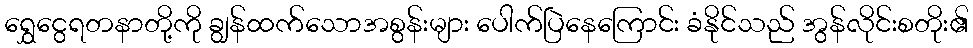
ရွှေငွေရတနာတို့ကို ချွန်ထက်သောအစွန်းများ ပေါက်ပြဲနေကြောင်း ခံနိုင်သည် အွန်လိုင်းစတိုး၏